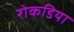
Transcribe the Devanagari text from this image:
रोकडिया